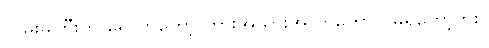
လမ်းမကြီးကို ရောက်တော့ ကားအသွားအလာတောင် မရှိတော့ဘူး။